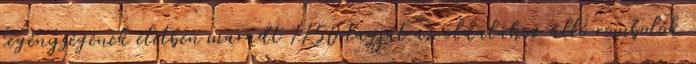
legénységének életben maradt 1150 tagját az oldalához álló rombolók